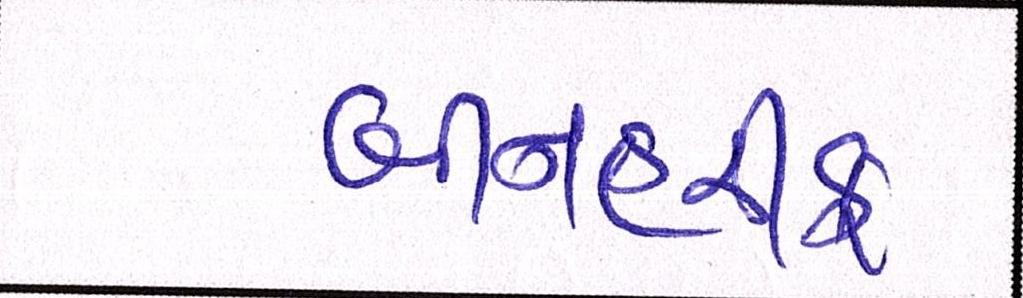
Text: બીનહરીફ